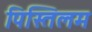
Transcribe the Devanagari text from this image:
पिस्तिलम